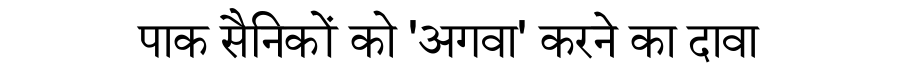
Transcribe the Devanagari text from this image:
पाक सैनिकों को 'अगवा' करने का दावा